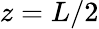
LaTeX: z=L/2